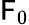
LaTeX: \mathsf{F}_{0}